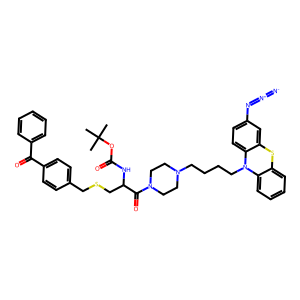
SMILES: CC(C)(C)OC(=O)NC(CSCc1ccc(C(=O)c2ccccc2)cc1)C(=O)N1CCN(CCCCN2c3ccccc3Sc3cc(N=[N+]=[N-])ccc32)CC1
Inhibits HIV replication: No